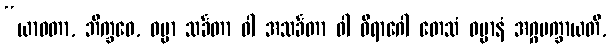
“ယာဝတာ, ဘိက္ခဝေ, ဓမ္မာ သင်္ခတာ ဝါ အသင်္ခတာ ဝါ ဝိရာဂေါ တေသံ ဓမ္မာနံ အဂ္ဂမက္ခာယတိ,